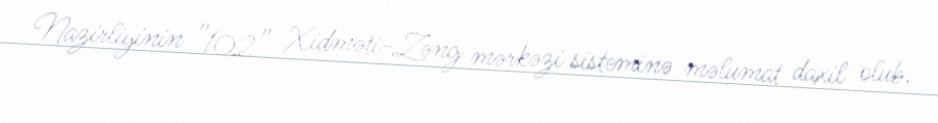
Nazirliyinin ″102″ Xidməti-Zəng mərkəzi sisteminə məlumat daxil olub.